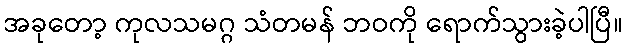
အခုတော့ ကုလသမဂ္ဂ သံတမန် ဘဝကို ရောက်သွားခဲ့ပါပြီ။